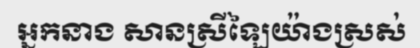
អ្នកនាង សានស្រីឡៃយ៉ាងស្រស់